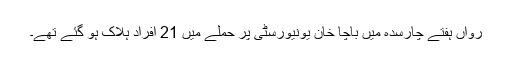
رواں ہفتے چارسدہ میں باچا خان یونیورسٹی پر حملے میں 21 افراد ہلاک ہو گئے تھے۔